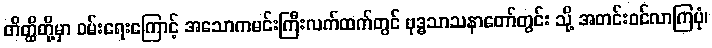
တိတ္ထိတို့မှာ ဝမ်းရေးကြောင့် အသောကမင်းကြီးလက်ထက်တွင် ဗုဒ္ဓသာသနာတော်တွင်း သို့ အတင်းဝင်လာကြပုံ၊